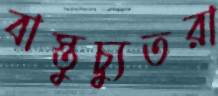
বাস্তুচ্যুতরা